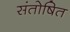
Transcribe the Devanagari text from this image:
संतोषित